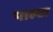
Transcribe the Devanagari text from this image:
पाल्टा